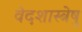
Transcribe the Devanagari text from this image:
वेदशास्त्रेषु